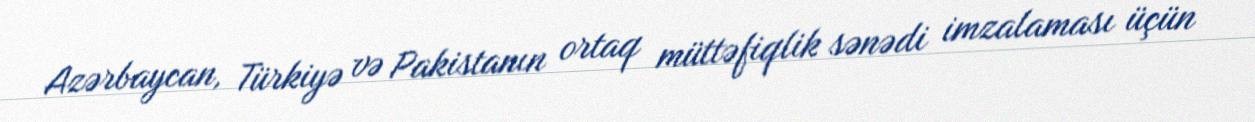
Azərbaycan, Türkiyə və Pakistanın ortaq müttəfiqlik sənədi imzalaması üçün